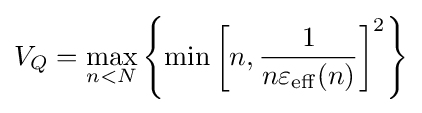
V_{Q}=\max _{n<N}\left\{\min \left[n,{\frac {1}{n\varepsilon _{\mathrm {eff} }(n)}}\right]^{2}\right\}